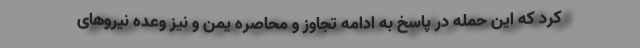
کرد که این حمله در پاسخ به ادامه تجاوز و محاصره یمن و نیز وعده نیروهای